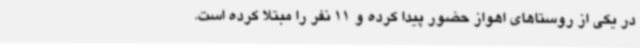
در یکی از روستاهای اهواز حضور پیدا کرده و 11 نفر را مبتلا کرده است.